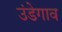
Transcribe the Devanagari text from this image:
उंडेगाव